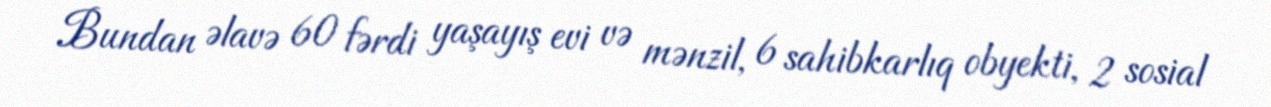
Bundan əlavə 60 fərdi yaşayış evi və mənzil, 6 sahibkarlıq obyekti, 2 sosial